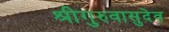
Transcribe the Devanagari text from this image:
श्रीगुरुवासुदेव